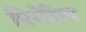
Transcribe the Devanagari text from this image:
पिमेंटेल